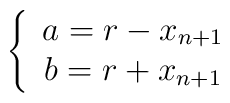
\left\{ \begin{array}{c}  a=r-x_{n+1} \\  b=r+x_{n+1} \end{array}\right.